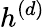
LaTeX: h^{(d)}